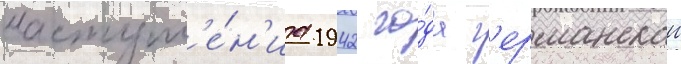
наступл'е́н'иа 1942 го́да г'ерманскои